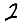
Digit: 2